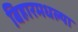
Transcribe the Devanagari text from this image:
बिहारमधल्या